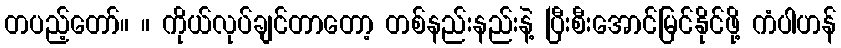
တပည့်တော်။ ။ ကိုယ်လုပ်ချင်တာတော့ တစ်နည်းနည်းနဲ့ ပြီးစီးအောင်မြင်နိုင်ဖို့ ကံပါဟန်